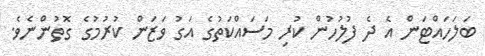
ބަލަހައްޓަން އެ ދެ ފުލުހުން ކުރި މަސައްކަތުގެ އަގު ވަޒަން ކުރުމުގެ ގޮތުންނެވެ.